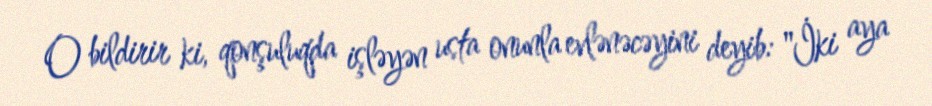
O bildirir ki, qonşuluqda işləyən usta onunla evlənəcəyini deyib: "İki aya